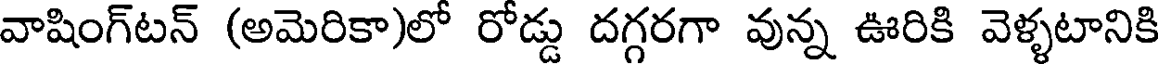
వాషింగ్టన్ (అమెరికా)లో రోడ్డు దగ్గరగా వున్న ఊరికి వెళ్ళటానికి